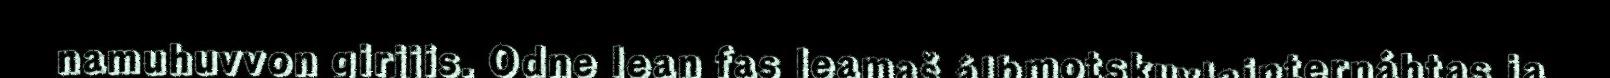
namuhuvvon girjjis. Odne lean fas leamaš álbmotskuvlainternáhtas ja